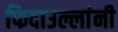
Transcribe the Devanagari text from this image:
फिदाउल्लांनी